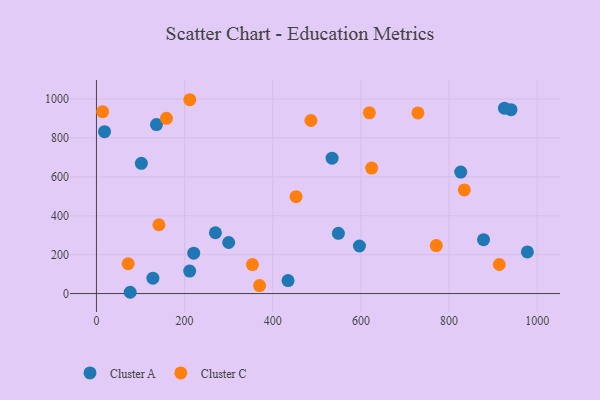
{"axis": {"x": "Speed", "y": "Rating"}, "legend": ["Cluster A", "Cluster C"], "data": [{"x": "548.9", "y": 309.5, "type": "Cluster A"}, {"x": "596.7", "y": 244.6, "type": "Cluster A"}, {"x": "434.7", "y": 66.6, "type": "Cluster A"}, {"x": "220.7", "y": 207.6, "type": "Cluster A"}, {"x": "940.5", "y": 945.1, "type": "Cluster A"}, {"x": "76.5", "y": 6.6, "type": "Cluster A"}, {"x": "826.5", "y": 624.4, "type": "Cluster A"}, {"x": "128.1", "y": 79.2, "type": "Cluster A"}, {"x": "18.3", "y": 832.1, "type": "Cluster A"}, {"x": "269.9", "y": 312.6, "type": "Cluster A"}, {"x": "136.2", "y": 869.0, "type": "Cluster A"}, {"x": "977.7", "y": 213.9, "type": "Cluster A"}, {"x": "300.0", "y": 262.5, "type": "Cluster A"}, {"x": "534.6", "y": 696.1, "type": "Cluster A"}, {"x": "101.9", "y": 669.4, "type": "Cluster A"}, {"x": "211.5", "y": 115.7, "type": "Cluster A"}, {"x": "925.7", "y": 953.0, "type": "Cluster A"}, {"x": "878.2", "y": 276.9, "type": "Cluster A"}, {"x": "624.4", "y": 644.9, "type": "Cluster C"}, {"x": "71.9", "y": 153.3, "type": "Cluster C"}, {"x": "353.9", "y": 149.0, "type": "Cluster C"}, {"x": "14.0", "y": 935.0, "type": "Cluster C"}, {"x": "141.7", "y": 353.7, "type": "Cluster C"}, {"x": "914.0", "y": 149.5, "type": "Cluster C"}, {"x": "619.2", "y": 929.0, "type": "Cluster C"}, {"x": "158.8", "y": 901.1, "type": "Cluster C"}, {"x": "370.0", "y": 41.2, "type": "Cluster C"}, {"x": "729.4", "y": 928.4, "type": "Cluster C"}, {"x": "834.6", "y": 532.9, "type": "Cluster C"}, {"x": "452.9", "y": 497.9, "type": "Cluster C"}, {"x": "211.8", "y": 996.5, "type": "Cluster C"}, {"x": "486.6", "y": 889.7, "type": "Cluster C"}, {"x": "771.0", "y": 246.5, "type": "Cluster C"}]}